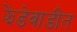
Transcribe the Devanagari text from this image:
झेंडेवाडीत